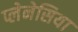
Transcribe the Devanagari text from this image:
प्लेनेसिया